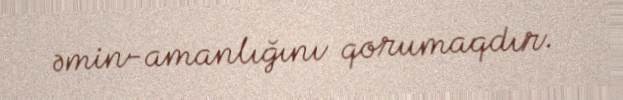
əmin-amanlığını qorumaqdır.